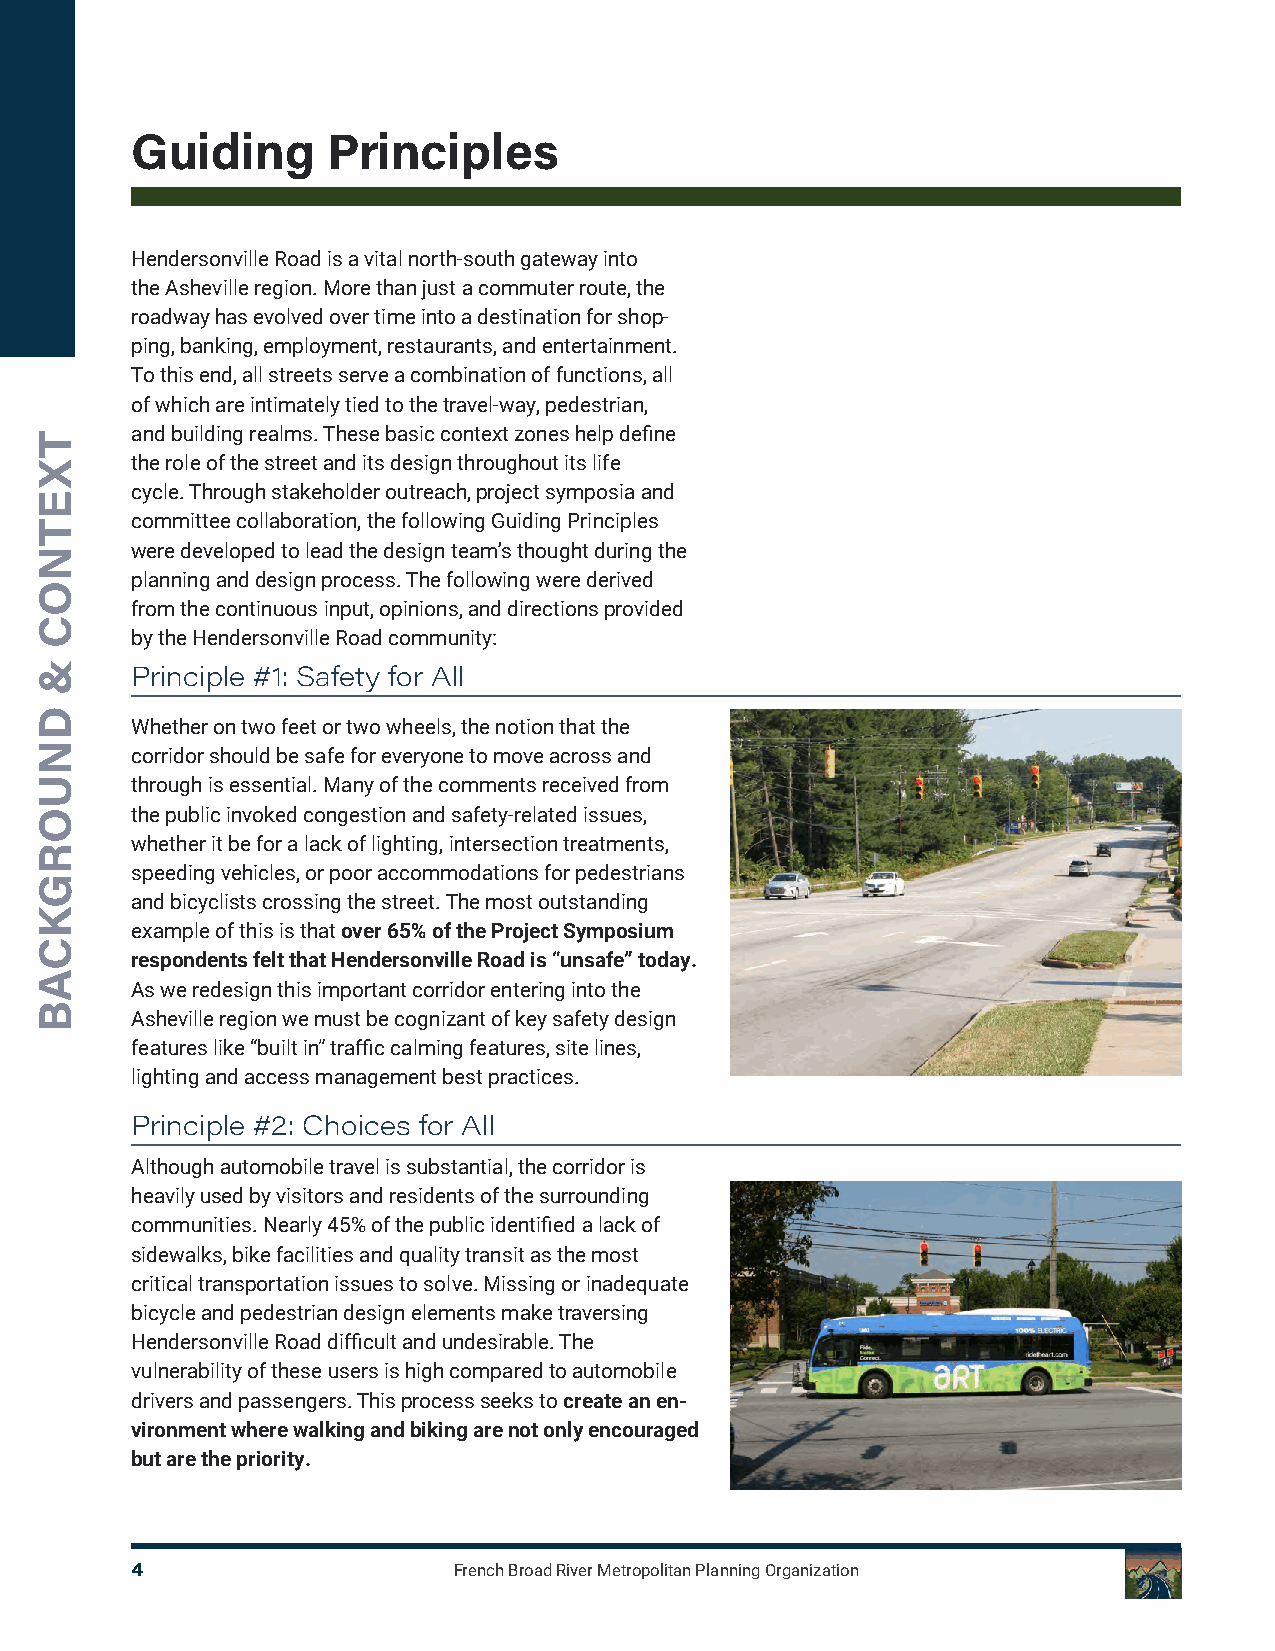
guiding      Principles
 Hendersonville Road is a vital north-south gateway into
 the Asheville region. More than just a commuter route, the
 roadway has evolved over time into a destination for shop-
 ping, banking, employment, restaurants, and entertainment.
 To this end, all streets serve a combination of functions, all
 of which are intimately tied to the travel-way, pedestrian,
 and building realms. These basic context zones help define
 the role of the street and its design throughout its life
 cycle. Through stakeholder outreach, project symposia and
 committee collaboration, the following Guiding Principles
 were developed to lead the design team’s thought during the
 planning and design process. The following were derived
 from the continuous input, opinions, and directions provided
 by the Hendersonville Road community:
 Principle #1: Safety for All
 Whether on two feet or two wheels, the notion that the
 corridor should be safe for everyone to move across and
 through is essential. Many of the comments received from
 the public invoked congestion and safety-related issues,
 whether it be for a lack of lighting, intersection treatments,
 speeding vehicles, or poor accommodations for pedestrians
 and bicyclists crossing the street. The most outstanding
 example of this is that over 65% of the Project Symposium
 respondents felt that Hendersonville Road is “unsafe” today.
 As we redesign this important corridor entering into the
 Asheville region we must be cognizant of key safety design
 features like “built in” traffic calming features, site lines,
 lighting and access management best practices.
 Principle #2: Choices for All
 Although automobile travel is substantial, the corridor is
 heavily used by visitors and residents of the surrounding
 communities. Nearly 45% of the public identified a lack of
 sidewalks, bike facilities and quality transit as the most
 critical transportation issues to solve. Missing or inadequate
 bicycle and pedestrian design elements make traversing
 Hendersonville Road difficult and undesirable. The
 vulnerability of these users is high compared to automobile
 drivers and passengers. This process seeks to create an en-
 vironment where walking and biking are not only encouraged
 but are the priority.
 4                    French Broad River Metropolitan Planning Organization
 TXETNOC
 &
 dNUORgkCAB